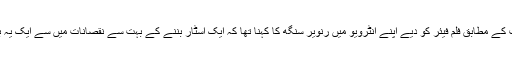
تفصیلات کے مطابق فلم فیئر کو دیے اپنے انٹرویو میں رنویر سنگھ کا کہنا تھا کہ ایک اسٹار بننے کے بہت سے نقصانات میں سے ایک یہ بھی ہے۔